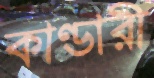
কাণ্ডারী